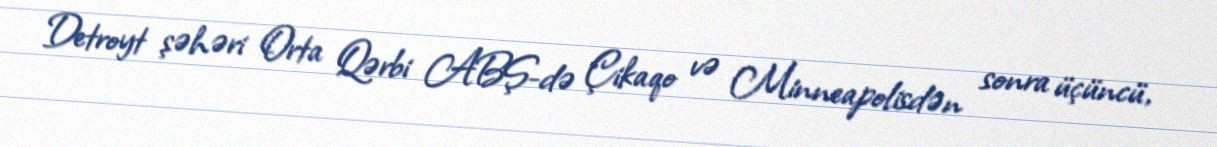
Detroyt şəhəri Orta Qərbi ABŞ-də Çikaqo və Minneapolisdən sonra üçüncü,